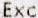
EXC